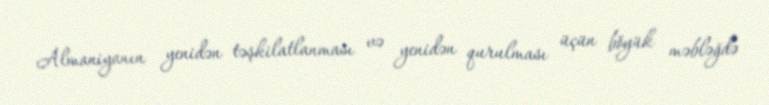
Almaniyanın yenidən təşkilatlanması və yenidən qurulması üçün böyük məbləğdə